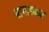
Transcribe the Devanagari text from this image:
बागाडम्बर